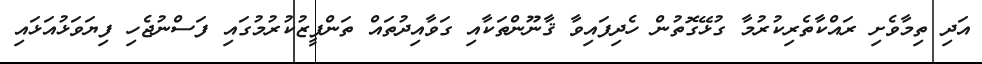
އަދި ތިމާވެށި ރައްކާތެރިކުރުމާ ގުޅޭގޮތުން ހެދިފައިވާ ޤާނޫންތަކާއި ގަވާއިދުތައް ތަންފީޒުކުރުމުގައި ފަސްނުޖެހި ފިޔަވަޅުއަޅައި